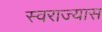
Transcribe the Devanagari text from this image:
स्वराज्यास